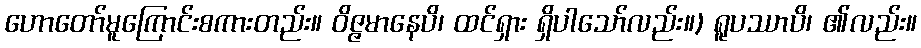
ဟောတော်မူကြောင်းစကားတည်း။ ဝိဇ္ဇမာနေပိ၊ ထင်ရှား ရှိပါသော်လည်း။) ရူပဿာပိ၊ ၏လည်း။